Vaccination in the Punjab 1919-1929 - 1919-1929
Year: 1919
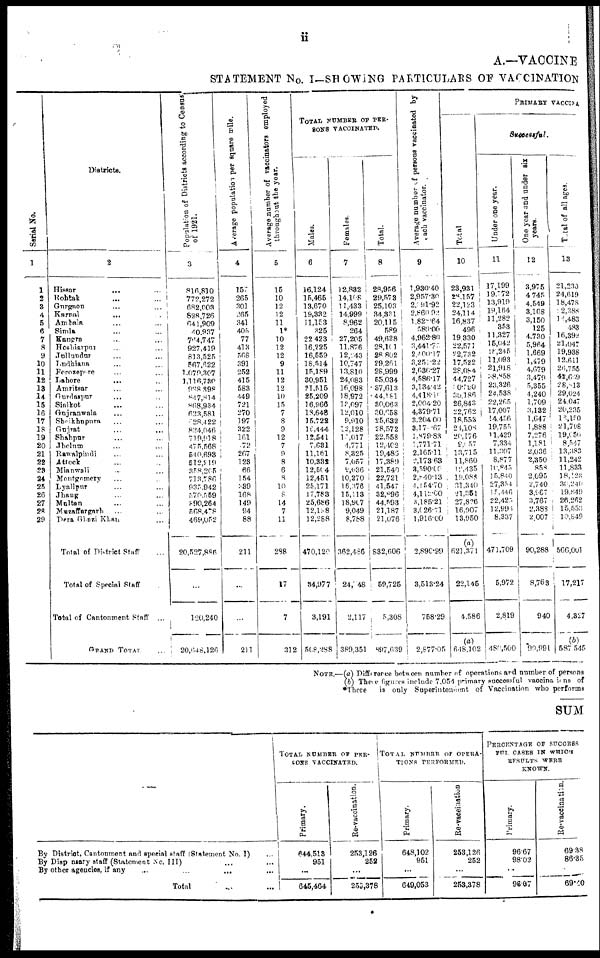
ii
A.—VACCINE
STATEMENT No. I—SHOWING PARTICULARS OF VACCINATION
Serial No.
1
1
2
3
4
5
6
7
8
9
10
11
12
13
14
15
16
17
18
19
20
21
22
23
24
25
26
27
28
29
Districts.
2
Hissar ... ...
Rohtak ... ...
Gurgaon ... ...
Karnal
...
...
Ambala ... ...
Simla ... ...
Kangra ... ...
Hoshiarpur ... ...
Jullundur ... ...
Ludhiana ... ...
Ferozepore ... ...
Lahore ... ...
Amritsar ... ...
Gurdaspur ... ...
Sialkot ... ...
Gujranwala ... ...
Sheikhupura ... ...
Gujarat ... ...
Shahpur ... ...
Jhelum ... ...
Rawalpindi ... ...
Attock ... ...
Mianwali ... ...
Montgomery ... ...
Lyallpur ... ...
Jhang ... ...
Multan ... ...
Muzaffargarh ... ...
Dera Ghazi Khan ...
Total of District Staff ...
Total of Special Staff ...
Total of Cantonment Staff ...
GRAND TOTAL ...
Population of Districts according to Census
of 1921.
3
816,810
772,272
682,003
828,726
641,909
40,937
764,747
927,419
813,525
567,622
1,079,307
1,116,730
938,398
847,814
868,934
623,581
628,422
824,046
719,918
475,568
540,693
512,219
358,205
713,786
935,942
570,559
890,264
568,478
469,052
20,527,886
...
120,240
20,648,126
Average population per square mile.
4
157
265
301
265
341
405
77
413
568
391
252
415
583
449
721
270
197
322
161
72
267
123
66
154
339
168
149
94
88
211
...
...
211
Average number of vaccinators employed
throughout the year.
5
15
10
12
12
11
1*
10
12
12
9
11
12
12
10
15
7
8
9
12
7
9
8
6
8
10
8
14
7
11
288
17
7
312
TOTAL NUMBER OF PER-
SONS VACCINATED.
Males.
6
16,124
15,465
13,670
19,332
11,153
325
22,423
16,225
16,559
18,514
15,189
30,951
21,515
25,209
16,966
18,648
15,722
16,444
12,541
7,631
11,181
10,332
12,504
12,451
25,171
17,783
25,686
12,138
12,288
470,120
34,977
3,191
568,288
Females.
7
12,832
14,108
11,433
14,999
8,962
264
27,205
11,876
12,243
10,747
13,810
24,083
16,098
18,972
13,097
12,010
9,910
12,128
13,017
4,771
8,325
7,057
9,036
10,270
16,376
15,113
18,907
9,049
8,788
362,486
24,348
2,117
389,351
Total.
8
28,956
29,573
25,103
34,331
20,115
589
49,628
28,101
28,802
29,261
28,999
55,034
37,613
44,181
30,063
30,658
25,632
28,572
22,558
12,402
19,486
17,389
21,540
22,721
41,547
32,896
44,598
21,187
21,076
832,606
59,725
5,308
897,039
Average number of persons vaccinated by
each vaccinator.
9
1,930.40
2,957.30
2,091.92
2,860.92
1,821.64
589.00
4,962.80
3,441.77
2,400.17
3,251.22
2,636.27
4,586.17
3,134.42
4,418.10
2,004.20
4,379.71
3,204.00
3,171.67
1,879.83
1,771.71
2,165.11
2,173.63
3,590.00
2,840.13
4, 154.70
4,112.00
3,185.21
3,026.71
1,916.00
2,890.99
3,513.24
758.29
2,877.05
PRIMARY VACCINA
Total
10
23,931
28,157
22,123
24,114
16,837
496
19,330
22,571
22,732
17,522
28,084
44,727
10,790
30,186
26,843
22,762
18,553
24,108
20,176
9,057
13,715
11,860
12,435
19,088
31,340
21,351
27,826
16,007
13,950
(a)
621,371
22,145
4,586
(a)
648,102
Successful.
Under one year.
11
17,199
19,772
13,919
19,164
11,282
353
11,327
15,042
18,245
11,093
21,918
38,858
23,326
24,538
22,265
17,007
14,456
19,755
11,429
7,334
11,307
8,877
10,845
15,840
27,354
15,446
22,425,
12,996
8,337
471,709
5,972
2,819
480,500
One year and under six
years.
12
3,975
4,745
4,549
3,108
3,150
125
4,730
5,964
1,669
1,479
4,679
3,479
5,355
4,240
1,709
3,132
1,647
1,888
7,276
1,181
2,036
2,350
858
2,095
2,740
3,967
3,767
2,388
2,007
90,288
8,763
940
99,991
Total of all ages.
13
21,230
24,619
18,478
12,388
14,483
483
16,392
21,047
19,938
12,611
26,755
42,669
28,813
29,024
24,047
20,235
16,150
21,708
19,050
8,547
13,383
11,242
11,833
18,123
30,240
19,849
26,262
15,553
10,849
566,001
17,217
4,327
(b)
587,545
NOTE.—(a) Difference between number of operations and number of persons
(b) These figures include 7,054 primary successful vaccinations of
*There
is only Superintendent of Vaccination who performs
SUM
—
By District, Cantonment and special staff (Statement No. I) ...
By Dispansary staff (Statement No. III) ... ... ...
By other agencies, if any ... ... ... ...
Total ... ...
TOTAL NUMBER OF PER-
SONS VACCINATED.
Primary.
644,513
951
...
645,464
Re-vaccination.
253,126
252
...
253,378
TOTAL NUMBER
OF OPERA-
TIONS PERFORMED.
Primary.
648,102
951
...
649,053
Re-vaccination.
253,126
252
...
253,378
PERCENTAGE OF SUCCESS
FUL CASES IN WHICH
RESULTS WERE
KNOWS.
Primary.
96.67
98.02
...
96.07
Re-vaccination.
69.38
88.35
...
69.40